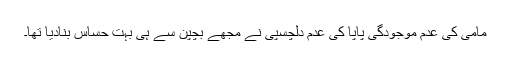
مامی کی عدم موجودگی پاپا کی عدم دلچسپی نے مجھے بچپن سے ہی بہت حساس بنادیا تھا۔